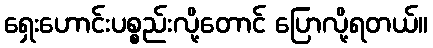
ရှေးဟောင်းပစ္စည်းလို့တောင် ပြောလို့ရတယ်။